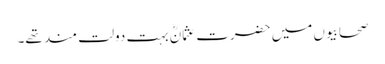
صحابیوں میں حضرت عثمانؓ بہت دولت مند تھے۔